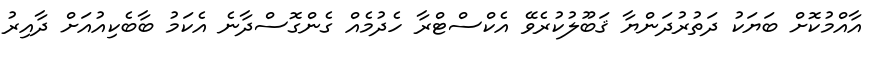
އާއްމުކޮށް ބަޔަކު ދަތުރުދަންޔާ ޤަބޫލުކުރެވޭ އެކްސްޓްރާ ހެދުމެއް ގެންގޮސްދާނެ އެކަމު ބާބެކިއުއަށް ދާއިރު